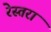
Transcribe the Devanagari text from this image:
रेस्‍तरां